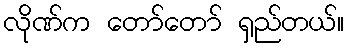
လိုဏ်က တော်တော် ရှည်တယ်။